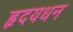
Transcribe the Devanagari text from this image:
हृदयधन